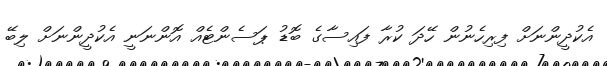
އެކުދީންނަށް ފިރިހެނުން ހޭދަ ކުރާ ފައިސާގެ ބޮޑު ޕަސެންޓެއް އޮންނަނީ އެކުދީންނަށް ލިބޭ